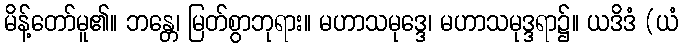
မိန့်တော်မူ၏။ ဘန္တေ၊ မြတ်စွာဘုရား။ မဟာသမုဒ္ဒေ၊ မဟာသမုဒ္ဒရာ၌။ ယဒိဒံ (ယံ